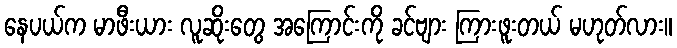
နေပယ်က မာဖီးယား လူဆိုးတွေ အကြောင်းကို ခင်ဗျား ကြားဖူးတယ် မဟုတ်လား။